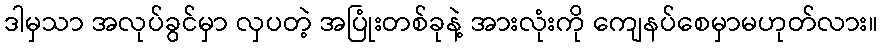
ဒါမှသာ အလုပ်ခွင်မှာ လှပတဲ့ အပြုံးတစ်ခုနဲ့ အားလုံးကို ကျေနပ်စေမှာမဟုတ်လား။